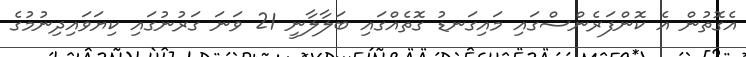
އެގޮތުން އެ ކޮންފަރެންސްގައި މައިގަނޑު ގޮތެއްގައި ބަލާލާނީ 21 ވަނަ ގަރުނުގައި ކިޔަވައިދިނުމުގެ